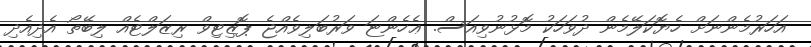
އަހަރުމެންނަށް ހެޔޮކަލޭމެން ދުވަހަކު މޮޅުނުވިއަސް. ޢެހެންޏަ ވަރުބަލިވެއްޖެ ޕޮޒިޓިވް ރިޒަލްޓެއް ލިބޭތޯ އެދިއެދި